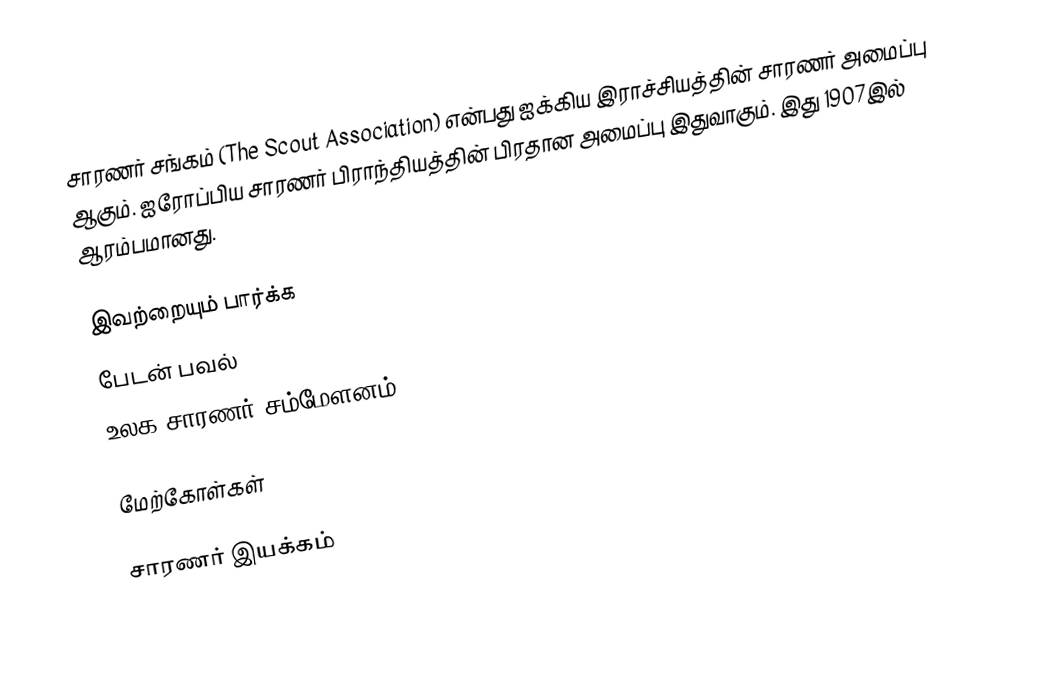
சாரணர் சங்கம் (The Scout Association) என்பது ஐக்கிய இராச்சியத்தின் சாரணர் அமைப்பு ஆகும். ஐரோப்பிய சாரணர் பிராந்தியத்தின் பிரதான அமைப்பு இதுவாகும். இது 1907இல் ஆரம்பமானது.

இவற்றையும் பார்க்க
 பேடன் பவல்
 உலக சாரணர் சம்மேளனம்

மேற்கோள்கள்

சாரணர் இயக்கம்